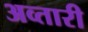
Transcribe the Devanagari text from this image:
अव्तारी